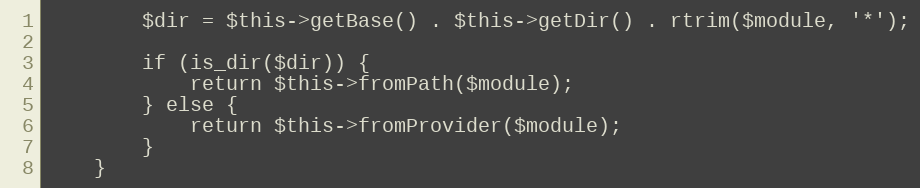
Language: PHP
        $dir = $this->getBase() . $this->getDir() . rtrim($module, '*');

        if (is_dir($dir)) {
            return $this->fromPath($module);
        } else {
            return $this->fromProvider($module);
        }
    }